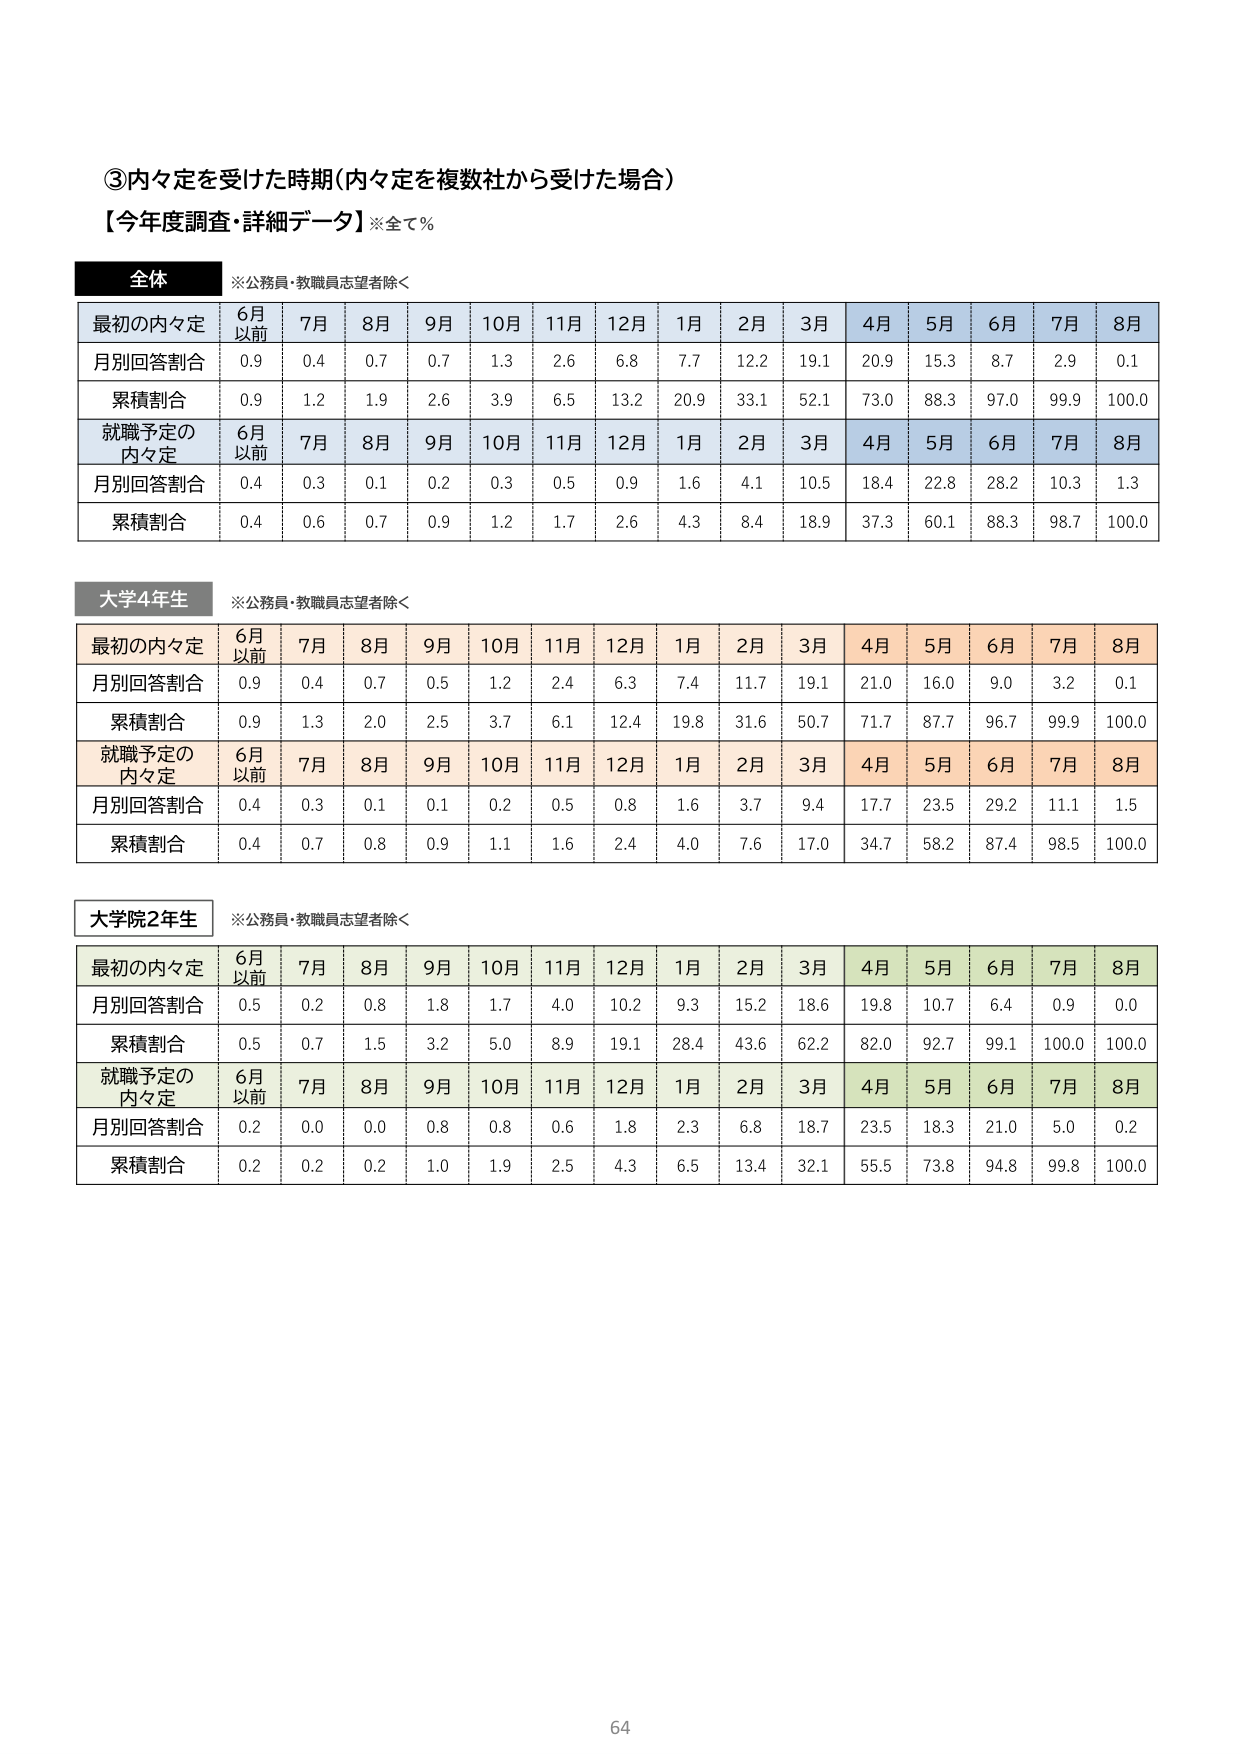
③内々定を受けた時期（内々定を複数社から受けた場合）
【今年度調査・詳細データ】※全て％

全体
※公務員・教職員志望者除く

最初の内々定　6月以前　7月　8月　9月　10月　11月　12月　1月　2月　3月　4月　5月　6月　7月　8月
月別回答割合　0.9　0.4　0.7　0.7　1.3　2.6　6.8　7.7　12.2　19.1　20.9　15.3　8.7　2.9　0.1
累積割合　0.9　1.2　1.9　2.6　3.9　6.5　13.2　20.9　33.1　52.1　73.0　88.3　97.0　99.9　100.0

就職予定の内々定　6月以前　7月　8月　9月　10月　11月　12月　1月　2月　3月　4月　5月　6月　7月　8月
月別回答割合　0.4　0.3　0.1　0.2　0.3　0.5　0.9　1.6　4.1　10.5　18.4　22.8　28.2　10.3　1.3
累積割合　0.4　0.6　0.7　0.9　1.2　1.7　2.6　4.3　8.4　18.9　37.3　60.1　88.3　98.7　100.0

大学4年生
※公務員・教職員志望者除く

最初の内々定　6月以前　7月　8月　9月　10月　11月　12月　1月　2月　3月　4月　5月　6月　7月　8月
月別回答割合　0.9　0.4　0.7　0.5　1.2　2.4　6.3　7.4　11.7　19.1　21.0　16.0　9.0　3.2　0.1
累積割合　0.9　1.3　2.0　2.5　3.7　6.1　12.4　19.8　31.6　50.7　71.7　87.7　96.7　99.9　100.0

就職予定の内々定　6月以前　7月　8月　9月　10月　11月　12月　1月　2月　3月　4月　5月　6月　7月　8月
月別回答割合　0.4　0.3　0.1　0.1　0.2　0.5　0.8　1.6　3.7　9.4　17.7　23.5　29.2　11.1　1.5
累積割合　0.4　0.7　0.8　0.9　1.1　1.6　2.4　4.0　7.6　17.0　34.7　58.2　87.4　98.5　100.0

大学院2年生
※公務員・教職員志望者除く

最初の内々定　6月以前　7月　8月　9月　10月　11月　12月　1月　2月　3月　4月　5月　6月　7月　8月
月別回答割合　0.5　0.2　0.8　1.8　1.7　4.0　10.2　9.3　15.2　18.6　19.8　10.7　6.4　0.9　0.0
累積割合　0.5　0.7　1.5　3.2　5.0　8.9　19.1　28.4　43.6　62.2　82.0　92.7　99.1　100.0　100.0

就職予定の内々定　6月以前　7月　8月　9月　10月　11月　12月　1月　2月　3月　4月　5月　6月　7月　8月
月別回答割合　0.2　0.0　0.0　0.8　0.8　0.6　1.8　2.3　6.8　18.7　23.5　18.3　21.0　5.0　0.2
累積割合　0.2　0.2　0.2　1.0　1.9　2.5　4.3　6.5　13.4　32.1　55.5　73.8　94.8　99.8　100.0

64